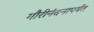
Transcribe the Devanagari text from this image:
गौरीनंदनापर्यंत